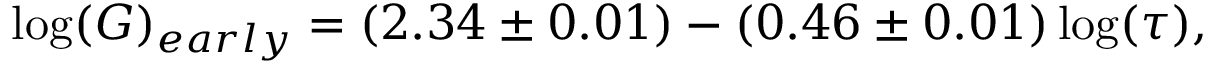
\log ( G ) _ { e a r l y } = ( 2 . 3 4 \pm 0 . 0 1 ) - ( 0 . 4 6 \pm 0 . 0 1 ) \log ( \tau ) ,